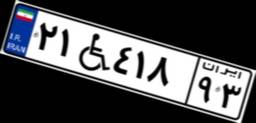
۲۴W۱۳۴۷۳